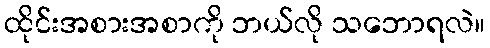
ထိုင်းအစားအစာကို ဘယ်လို သဘောရလဲ။